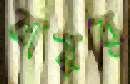
বায়র